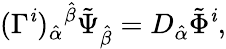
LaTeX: (\Gamma^{\mathit{i}})_{\hat{{\alpha}}}{}^{\hat{{\beta}}}\tilde{{\Psi}}_{\hat{{\beta}}}=D_{\hat{{\alpha}}}\tilde{{\Phi}}^{\mathit{i}},